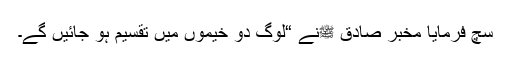
سچ فرمایا مخبر صادق ﷺنے “لوگ دو خیموں میں تقسیم ہو جائیں گے۔